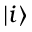
\vert i \rangle